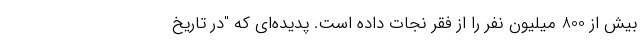
بیش از 800 میلیون نفر را از فقر نجات داده است. پدیده‌ای که "در تاریخ